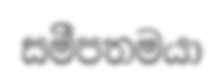
සමීපතමයා